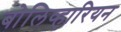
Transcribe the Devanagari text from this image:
बोलिव्हारियन